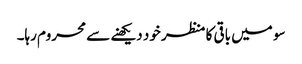
سو میں باقی کا منظر خود دیکھنے سے محروم رہا۔